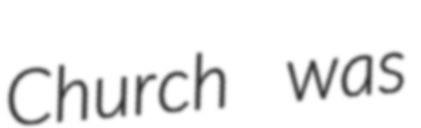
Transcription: Church was